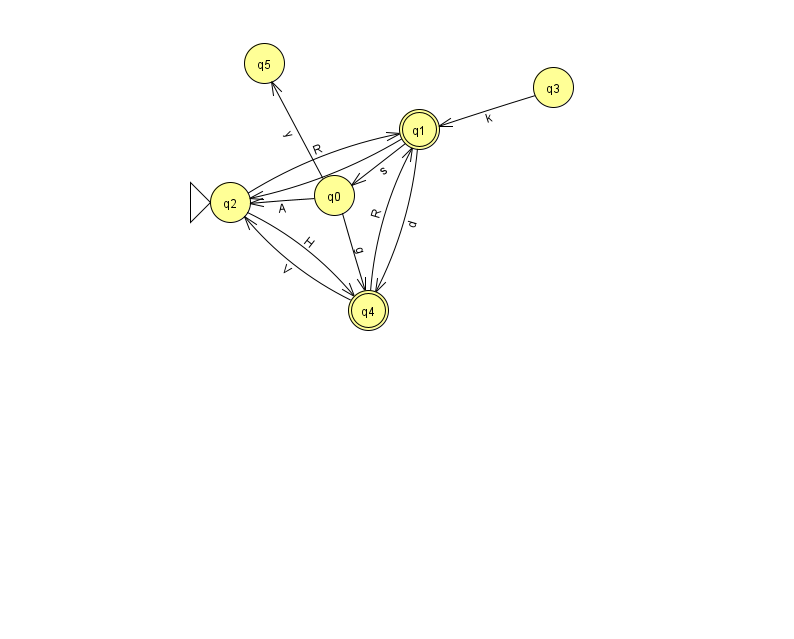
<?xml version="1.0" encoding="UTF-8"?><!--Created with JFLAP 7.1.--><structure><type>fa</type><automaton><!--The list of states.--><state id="0" name="q0"><x>334.0</x><y>182.0</y></state><state id="1" name="q1"><x>419.0</x><y>116.0</y><final/></state><state id="2" name="q2"><x>230.0</x><y>189.0</y><initial/></state><state id="3" name="q3"><x>553.0</x><y>74.0</y></state><state id="4" name="q4"><x>368.0</x><y>297.0</y><final/></state><state id="5" name="q5"><x>264.0</x><y>50.0</y></state><!--The list of transitions.--><transition><from>1</from><to>4</to><read>d</read></transition><transition><from>0</from><to>5</to><read>y</read></transition><transition><from>2</from><to>1</to><read>R</read></transition><transition><from>4</from><to>2</to><read>V</read></transition><transition><from>1</from><to>2</to><read>t</read></transition><transition><from>4</from><to>1</to><read>R</read></transition><transition><from>0</from><to>4</to><read>g</read></transition><transition><from>1</from><to>0</to><read>s</read></transition><transition><from>0</from><to>2</to><read>A</read></transition><transition><from>2</from><to>4</to><read>H</read></transition><transition><from>3</from><to>1</to><read>k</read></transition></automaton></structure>